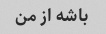
باشه از من